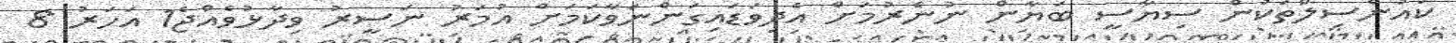
ކައުންސިލްތަކުން ސިޔާސީ ބަޔާން ނުނެރުމަށް އެދިވަޑައިގަންނަވާކަމަށް އުމަރު ނަސީރު ވިދާޅުވެއްޖެ1 އަހަރު 8